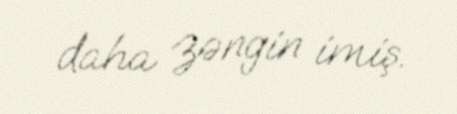
daha zəngin imiş.